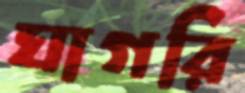
ঘাগরি